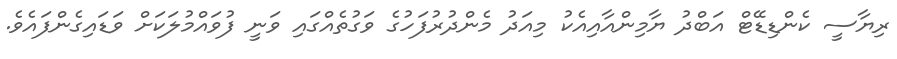
ރިޔާސީ ކެންޑިޑޭޓް އަބްދު ޔާމިންއާއިއެކު މިއަދު މެންދުރުފަހުގެ ވަގުތެއްގައި ވަނީ ފުވައްމުލަކަށް ވަޑައިގެންފައެވެ.